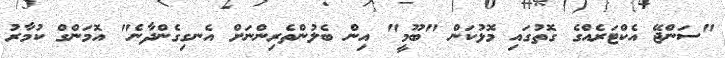
"ސަންޖޭ އެކްޓަރެއްގެ ގޮތުގައި މޮޅުކަން "ބޫމީ" އިން ބެލުންތެރިންނަށް އެނގިގެންދާނެ" އޮމަންގް ކުމާރު